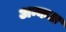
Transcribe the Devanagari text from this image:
अन्कल